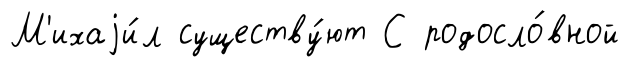
М'ихаjи́л существу́ют С родосло́вной